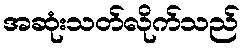
အဆုံးသတ်လိုက်သည်